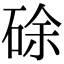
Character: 硢